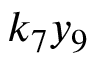
k _ { 7 } y _ { 9 }